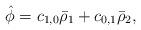
LaTeX: \begin{align*}\hat{\phi}=c_{1,0}\bar{\rho}_1+c_{0,1}\bar{\rho}_2,\end{align*}